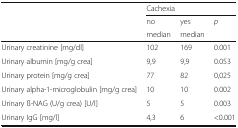
<table><thead><tr><td></td><td colspan="3"><b>Cachexia</b></td></tr><tr><td></td><td><b>no</b></td><td><b>yes</b></td><td><b><i>p</i></b></td></tr><tr><td></td><td><b>median</b></td><td><b>median</b></td><td></td></tr></thead><tbody><tr><td>Urinary creatinine [mg/dl]</td><td>102</td><td>169</td><td>0.001</td></tr><tr><td>Urinary albumin [mg/g crea]</td><td>9,9</td><td>9,9</td><td>0.053</td></tr><tr><td>Urinary protein [mg/g crea]</td><td>77</td><td>82</td><td>0,025</td></tr><tr><td>Urinary alpha-1-microglobulin [mg/g crea]</td><td>10</td><td>10</td><td>0.002</td></tr><tr><td>Urinary ß-NAG (U/g crea) [U/l]</td><td>5</td><td>5</td><td>0.003</td></tr><tr><td>Urinary IgG [mg/l]</td><td>4,3</td><td>6</td><td>&lt;0.001</td></tr></tbody></table>